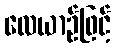
လေယာဉ်ဖြင့်